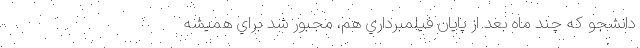
دانشجو كه چند ماه بعد از پايان فيلمبرداري هم، مجبور شد براي هميشه